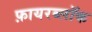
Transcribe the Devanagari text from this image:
फ़ायरब्लॉक